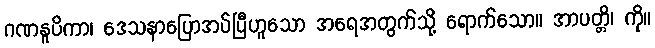
ဂဏနူပိကာ၊ ဒေသနာပြောအပ်ပြီဟူသော အရေအတွက်သို့ ရောက်သော။ အာပတ္တိ၊ ကို။